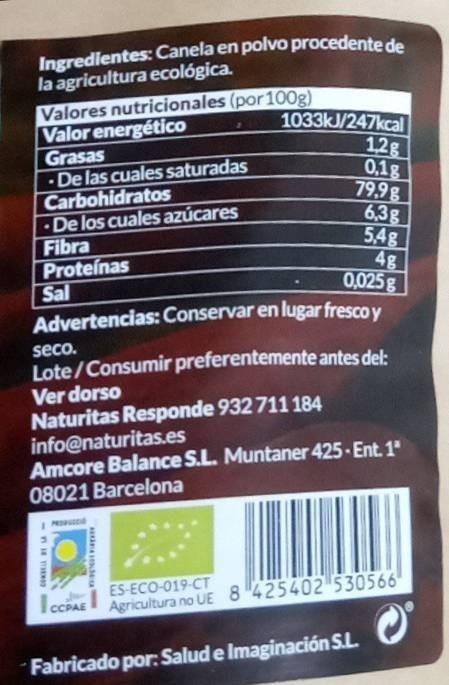
Ingredientes: Canela en polvo procedente de
la agricultura ecológica.
Valores nutricionales (por 100g) Valor energético Grasas
De las cuales saturadas
Carbohidratos
.
De los cuales azúcares
Fibra
Proteínas
Sal
seco.
Advertencias:
Lote/Consumir preferentemente antes del: Ver dorso
Naturitas Responde 932 711 184
info@naturitas.es
<-1118 T
1033kJ/247kcal 1,2g
0,18
79,98
6,3g
5,4g
4g
Amcore Balance S.L. Muntaner 425-Ent. 1ª 08021 Barcelona
PO
0,025g
Conservar en lugar fresco y
WOLFTE
ES-ECO-019-CT
CCPAE Agricultura no UE 8 425402 530566
Fabricado por: Salud e Imaginación S.L.
O